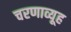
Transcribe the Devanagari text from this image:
चरणाव्यूह